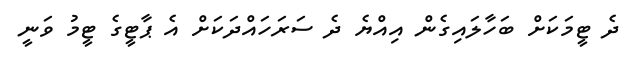
ދެ ޓީމަކަށް ބަހާލައިގެން އިއްޔެ ދެ ސަރަހައްދަކަށް އެ ޕާޓީގެ ޓީމު ވަނީ